Civil Veterinary Department Bengal reports 1923-33 - 1923-1933
Year: 1923
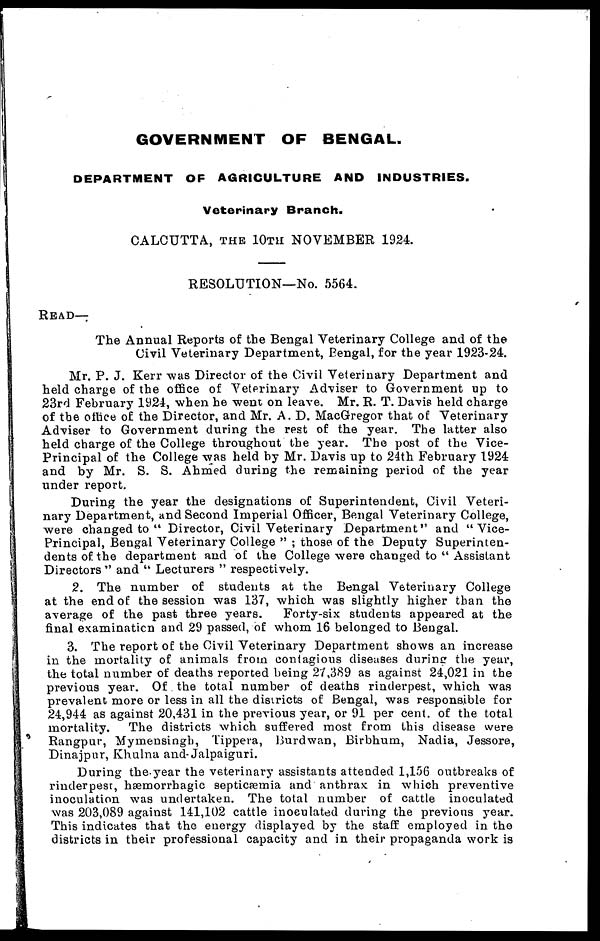
GOVERNMENT OF BENGAL.
DEPARTMENT OF AGRICULTURE AND INDUSTRIES.
Veterinary Branch.
CALCUTTA, THE 10TH NOVEMBER 1924.
RESOLUTION—No. 5564.
READ—
The Annual Reports of the Bengal Veterinary College and of the
Civil Veterinary Department, Bengal, for the year 1923-24.
Mr. P. J. Kerr was Director of the Civil Veterinary Department and
held charge of the office of Veterinary Adviser to Government up to
23rd February 1924, when he went on leave. Mr. R. T. Davis held charge
of the office of the Director, and Mr. A. D. MacGregor that of Veterinary
Adviser to Government during the rest of the year. The latter also
held charge of the College throughout the year. The post of the Vice-
Principal of the College was held by Mr. Davis up to 24th February 1924
and by Mr. S. S. Ahmed during the remaining period of the year
under report.
During the year the designations of Superintendent, Civil Veteri-
nary Department, and Second Imperial Officer, Bengal Veterinary College,
were changed to "Director, Civil Veterinary Department" and "Vice-
Principal, Bengal Veterinary College"; those of the Deputy Superinten-
dents of the department and of the College were changed to "Assistant
Directors" and "Lecturers" respectively.
2. The number of students at the Bengal Veterinary College
at the end of the session was 137, which was slightly higher than the
average of the past three years.
Forty-six students appeared at the
final examination and 29 passed, of whom 16 belonged to Bengal.
3. The report of the Civil Veterinary Department shows an increase
in the mortality of animals from contagious diseases during the year,
the total number of deaths reported being 27,389 as against 24,021 in the
previous year. Of the total number of deaths rinderpest, which was
prevalent more or less in all the dissricts of Bengal, was responsible for
24,944 as against 20,431 in the previous year, or 91 per cent. of the total
mortality.
The districts which suffered most from this disease were
Rangpur, Mymensingh, Tippera, Burdwan, Birbhum, Nadia, Jessore,
Dinajpnr, Khulna and Jalpaiguri.
During the year the veterinary assistants attended 1,156 outbreaks of
rinderpest, hæmorrhagic septicæmia and anthrax in which preventive
inoculation was undertaken. The total number of cattle inoculated
was 203,089 against 141,102 cattle inoculated during the previous year.
This indicates that the energy displayed by the staff employed in the
districts in their professional capacity and in their propaganda work is